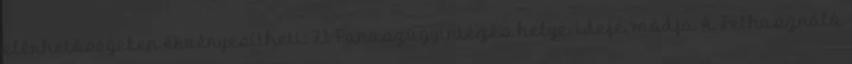
elérhetőségeken érvényesítheti: 7.1. Panaszügyintézés helye, ideje, módja A Felhasználó